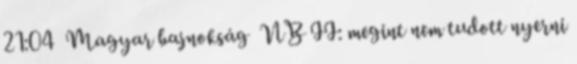
21:04 Magyar bajnokság NB II: megint nem tudott nyerni